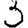
Digit: 3